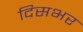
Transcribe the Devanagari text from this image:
दिसभर